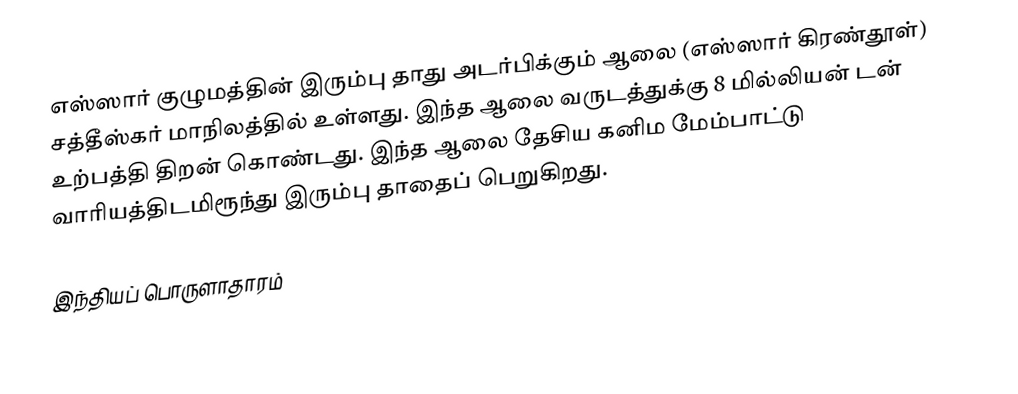
எஸ்ஸார் குழுமத்தின் இரும்பு தாது அடர்பிக்கும் ஆலை (எஸ்ஸார் கிரண்தூள்) சத்தீஸ்கர் மாநிலத்தில் உள்ளது. இந்த ஆலை வருடத்துக்கு 8  மில்லியன் டன் உற்பத்தி திறன் கொண்டது. இந்த  ஆலை தேசிய கனிம மேம்பாட்டு வாரியத்திடமிரூந்து இரும்பு தாதைப் பெறுகிறது.

இந்தியப் பொருளாதாரம்